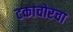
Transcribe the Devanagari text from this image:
टकाचोरचा